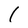
Character: I